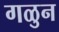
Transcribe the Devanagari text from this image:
गळुन